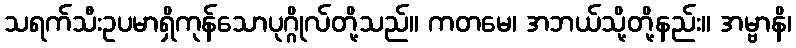
သရက်သီးဥပမာရှိကုန်သောပုဂ္ဂိုလ်တို့သည်။ ကတမေ၊ အဘယ်သို့တို့နည်း။ အမ္ဗာနိ၊